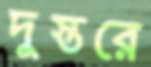
দুস্তরে